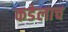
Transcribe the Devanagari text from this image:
कडेलाच